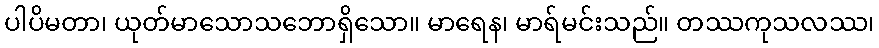
ပါပိမတာ၊ ယုတ်မာသောသဘောရှိသော။ မာရေန၊ မာရ်မင်းသည်။ တဿကုသလဿ၊